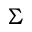
\Sigma